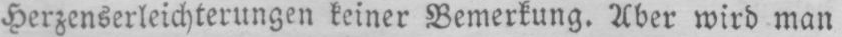
Herzenserleichterungen keiner Bemerkung. Aber wird man